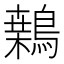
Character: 𪄐